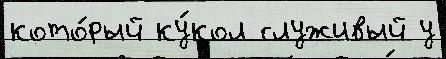
кото́рый ку́кол служивый у